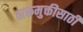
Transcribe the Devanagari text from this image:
दारूमुक्तीसाठी